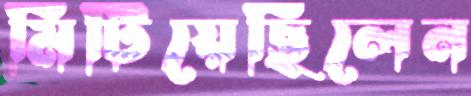
মিটিয়েছিলেন